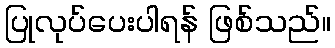
ပြုလုပ်ပေးပါရန် ဖြစ်သည်။